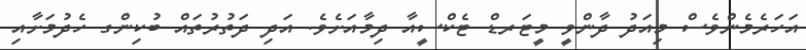
އަހަރެމެންވެސް މިއަދު ދާންވީ މީޓަރޑް ޓެކްސީއާ ދިމާއަށެވެ. އަދި ދަތުރުތައް ބުކިންގ ހެދުމަށާއި